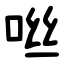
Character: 咝